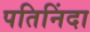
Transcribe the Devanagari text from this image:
पतिनिंदा